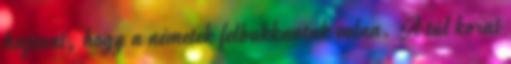
hajtani, hogy a németek felbukkantak volna. A túl korai